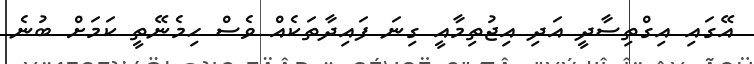
އޭގައި އިގްތިސާދީ އަދި އިޖުތިމާއީ ގިނަ ފައިދާތަކެއް ވެސް ހިމެނޭތީ ކަމަށް ބުނެ